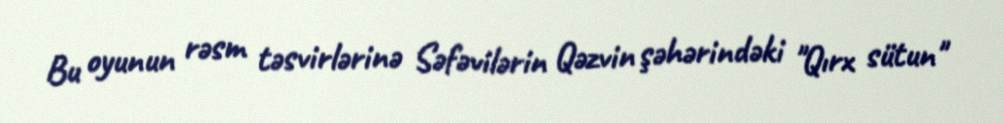
Bu oyunun rəsm təsvirlərinə Səfəvilərin Qəzvin şəhərindəki "Qırx sütun"